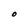
Character: O